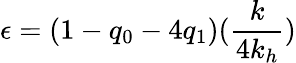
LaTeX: \epsilon=(1-q_{0}-4q_{1})(\frac{k}{4k_{h}})